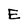
Character: E